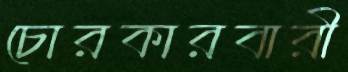
চোরকারবারী